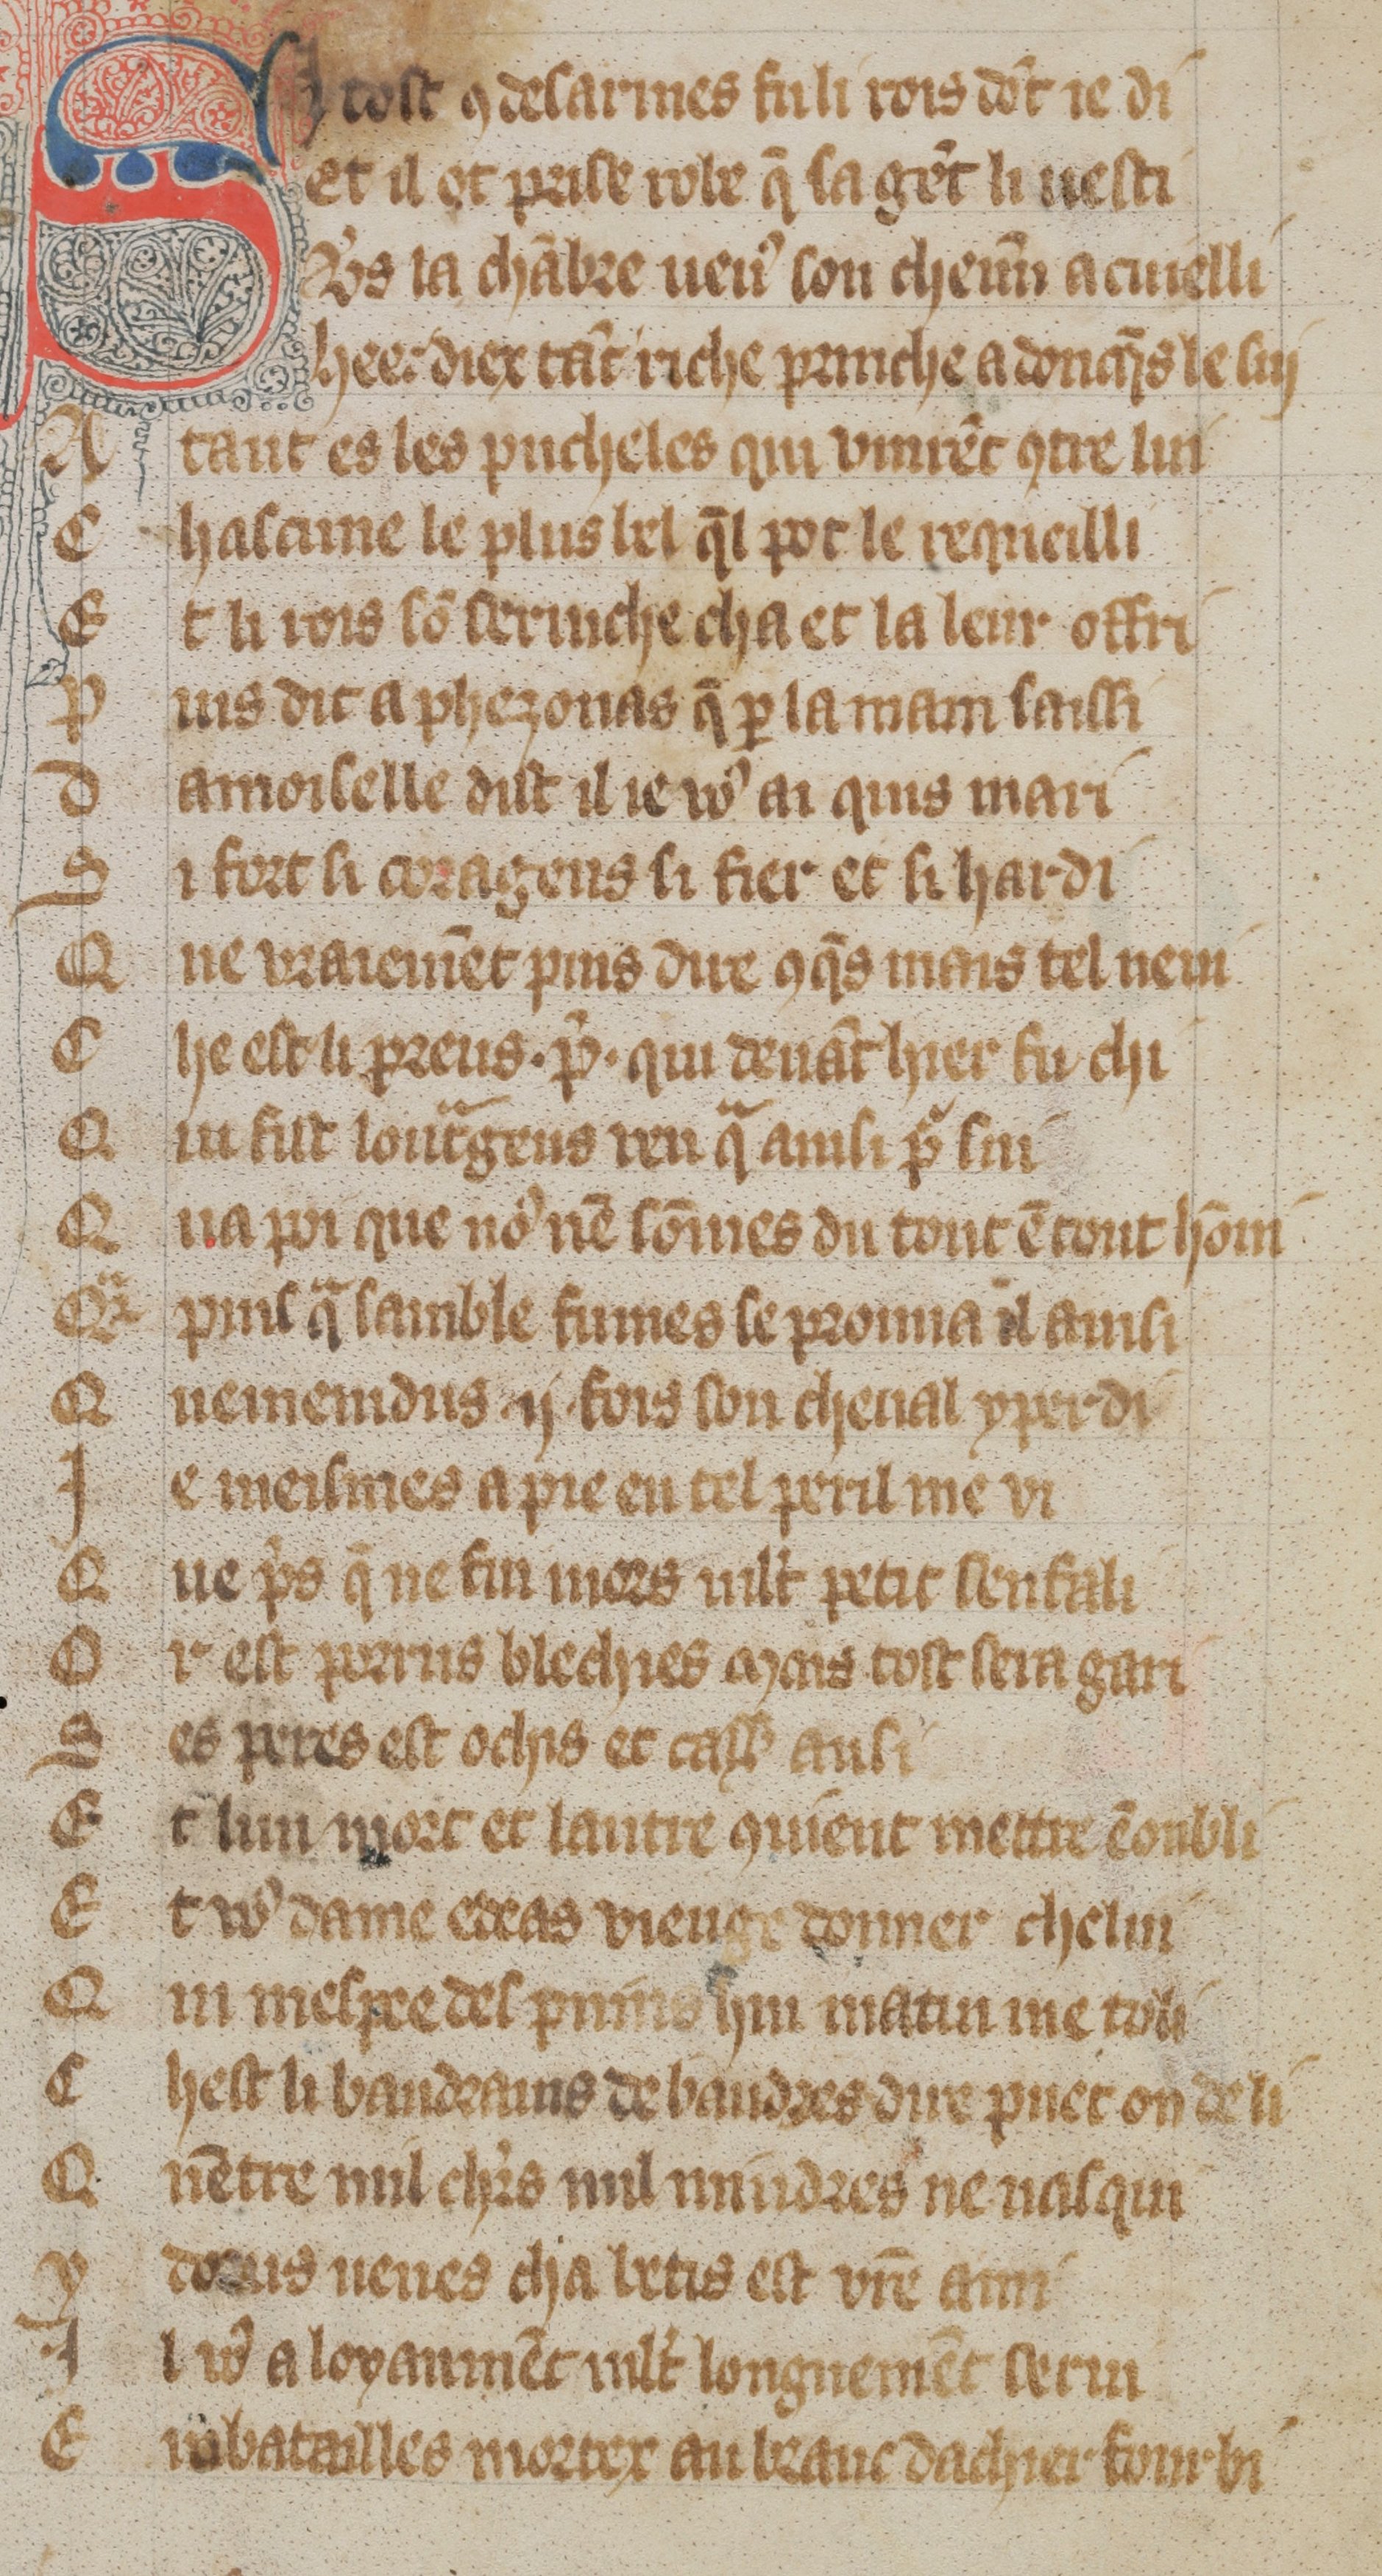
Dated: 1300–1330